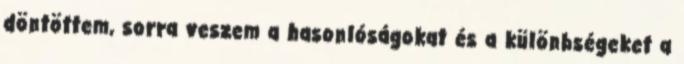
döntöttem, sorra veszem a hasonlóságokat és a különbségeket a